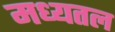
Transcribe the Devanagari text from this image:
मध्यतल